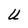
Character: U